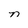
Character: n